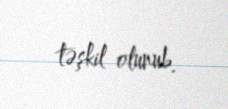
təşkil olunub.